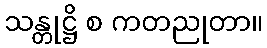
သန္တုဋ္ဌိ စ ကတညုတာ။